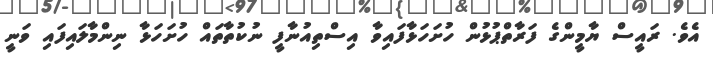
އެވެ. ރައީސް ޔާމީންގެ ފަރާތްޕުޅުން ހުށަހަޅާފައިވާ އިސްތިއުނާފީ ނުކުތާތައް ހުށަހަޅާ ނިންމާލައިފައި ވަނީ